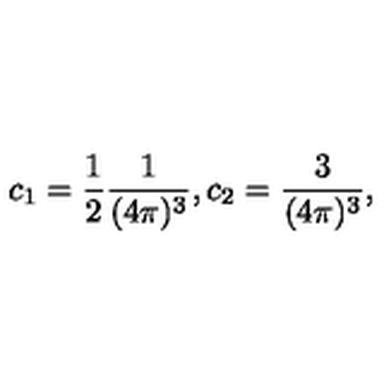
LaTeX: c _ { 1 } = \frac { 1 } { 2 } \frac { 1 } { ( 4 \pi ) ^ { 3 } } , c _ { 2 } = \frac { 3 } { ( 4 \pi ) ^ { 3 } } ,